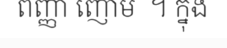
ពញ្ញា ញោម  ។ ក្នុង